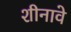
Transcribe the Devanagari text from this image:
शीनावे